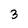
Character: 3